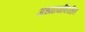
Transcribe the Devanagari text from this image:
अध्यायविरहित